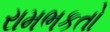
રામભકતો